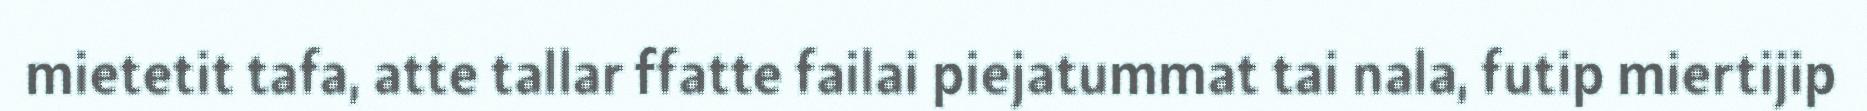
mietetit tafa, atte tallar ffatte failai piejatummat tai nala, futip miertijip